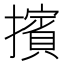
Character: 擯